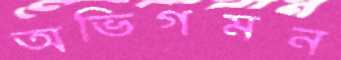
অভিগমন